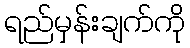
ရည်မှန်းချက်ကို